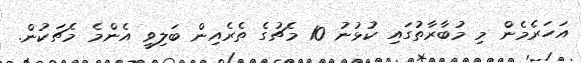
އަހަރެމެން މި މުބާރާތުގައި ކުޅުނު 10 މެޗުގެ ތެރެއިން ބަލިވީ އެންމެ މެޗަކުން.